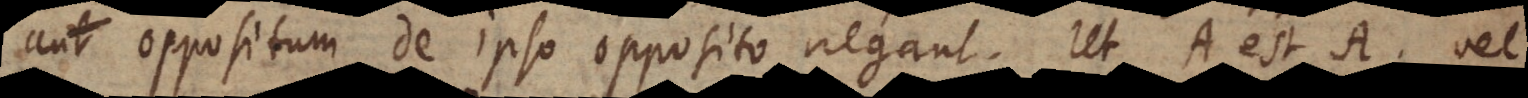
aut oppositum de ipso opposito negant. Ut A est A, vel